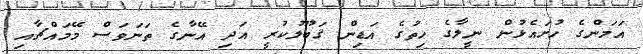
އަމަންގެ ހުށައެޅުން ނީލާގެ ހިތުގެ އަޑިން ޤަބޫލުކުރީ އަދި އޭނާގެ ތަނަވަސް މޭމައްޗާއި